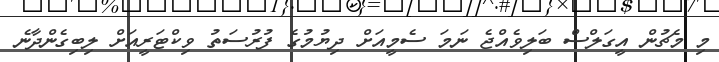
މި މެޗުން އީގަލްސް ބަލިވެއްޖެ ނަމަ ސެމީއަށް ދިޔުމުގެ ފުރުސަތު ވިކްޓަރީއަށް ލިބިގެންދާނެ